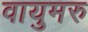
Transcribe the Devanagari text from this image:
वायुमरु